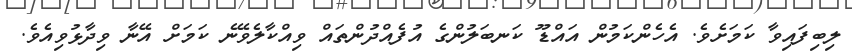
ލިބިފައިވާ ކަމަށެވެ. އެހެންކަމުން އައްޑޫ ކަނބަލުންގެ އުފެއްދުންތައް ވިއްކާލެވޭނެ ކަމަށް އޭނާ ވިދާޅުވިއެވެ.